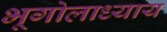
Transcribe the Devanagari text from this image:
भूगोलाध्याय